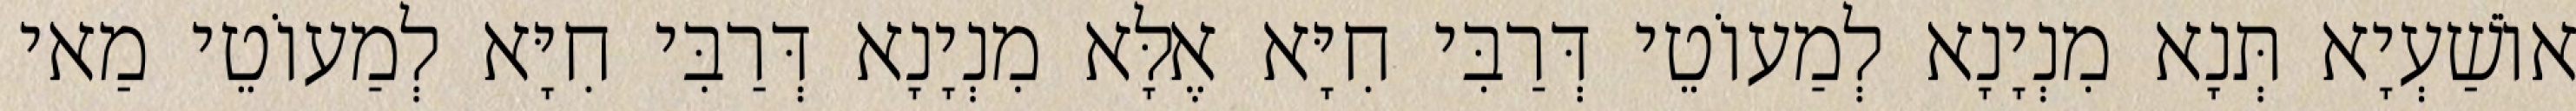
אוֹשַׁעְיָא תְּנָא מִנְיָנָא לְמַעוֹטֵי דְּרַבִּי חִיָּא אֶלָּא מִנְיָנָא דְּרַבִּי חִיָּא לְמַעוֹטֵי מַאי